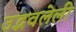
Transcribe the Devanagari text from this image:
उद्भवलेली